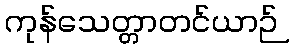
ကုန်သေတ္တာတင်ယာဉ်